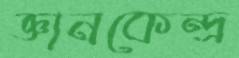
জ্ঞানকেন্দ্র